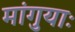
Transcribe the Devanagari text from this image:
मांगुयाः